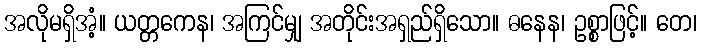
အလိုမရှိအံ့။ ယတ္တကေန၊ အကြင်မျှ အတိုင်းအရှည်ရှိသော။ ဓနေန၊ ဥစ္စာဖြင့်။ တေ၊